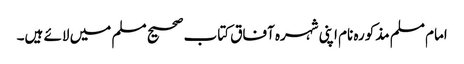
امام مسلم مذکورہ نام اپنی شہرہ آفاق کتاب صحیح مسلم میں لائے ہیں۔